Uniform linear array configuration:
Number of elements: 64
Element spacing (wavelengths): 0.5
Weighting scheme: uniform
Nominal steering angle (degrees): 45
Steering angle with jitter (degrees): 46.917
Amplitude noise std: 0.05
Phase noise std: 0.05

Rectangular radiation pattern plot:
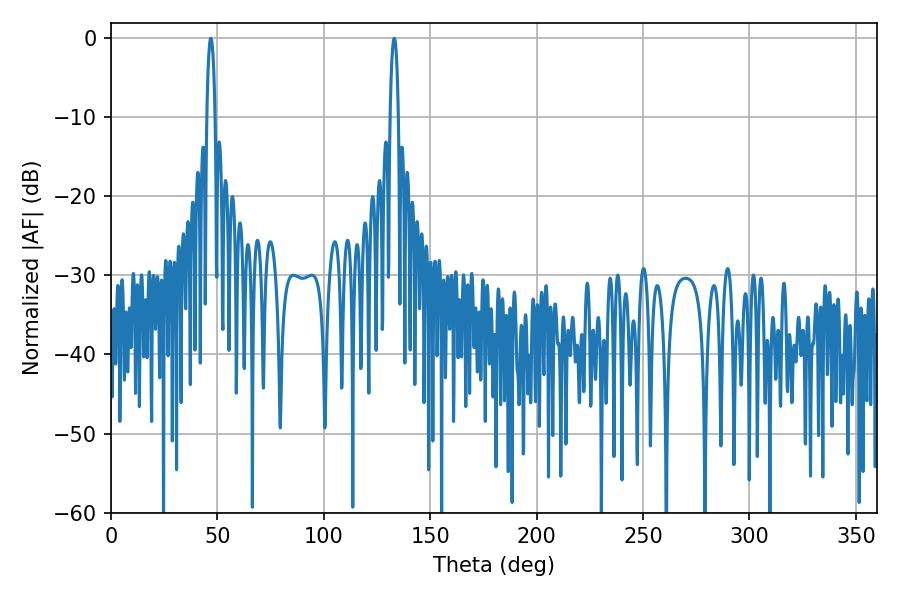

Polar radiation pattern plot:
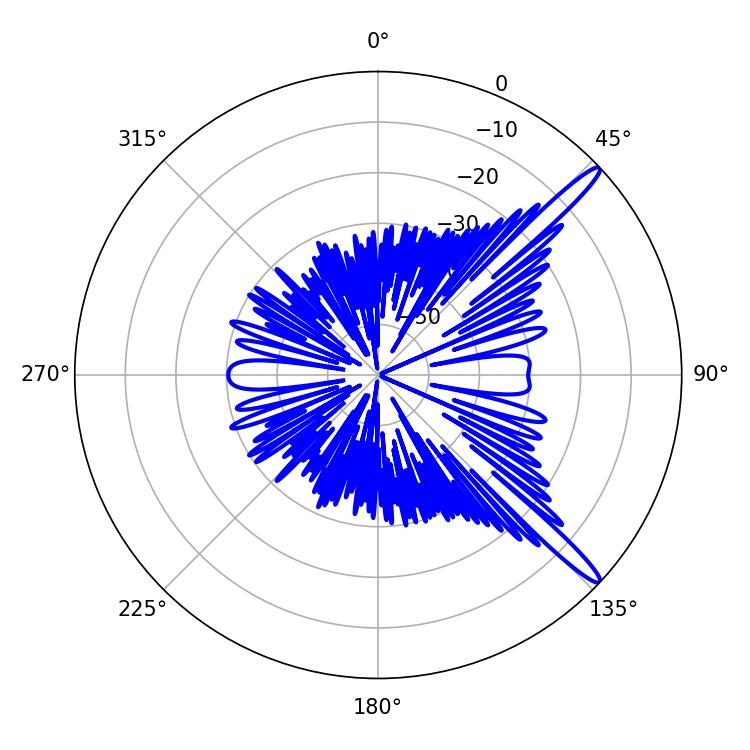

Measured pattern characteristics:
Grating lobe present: FALSE
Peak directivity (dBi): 14.774
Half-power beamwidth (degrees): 2.16
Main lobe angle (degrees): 46.98